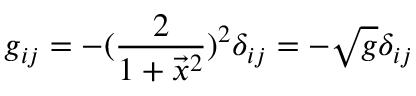
g _ { i j } = - ( { \frac { 2 } { 1 + \vec { x } ^ { 2 } } } ) ^ { 2 } \delta _ { i j } = - \sqrt g \delta _ { i j }